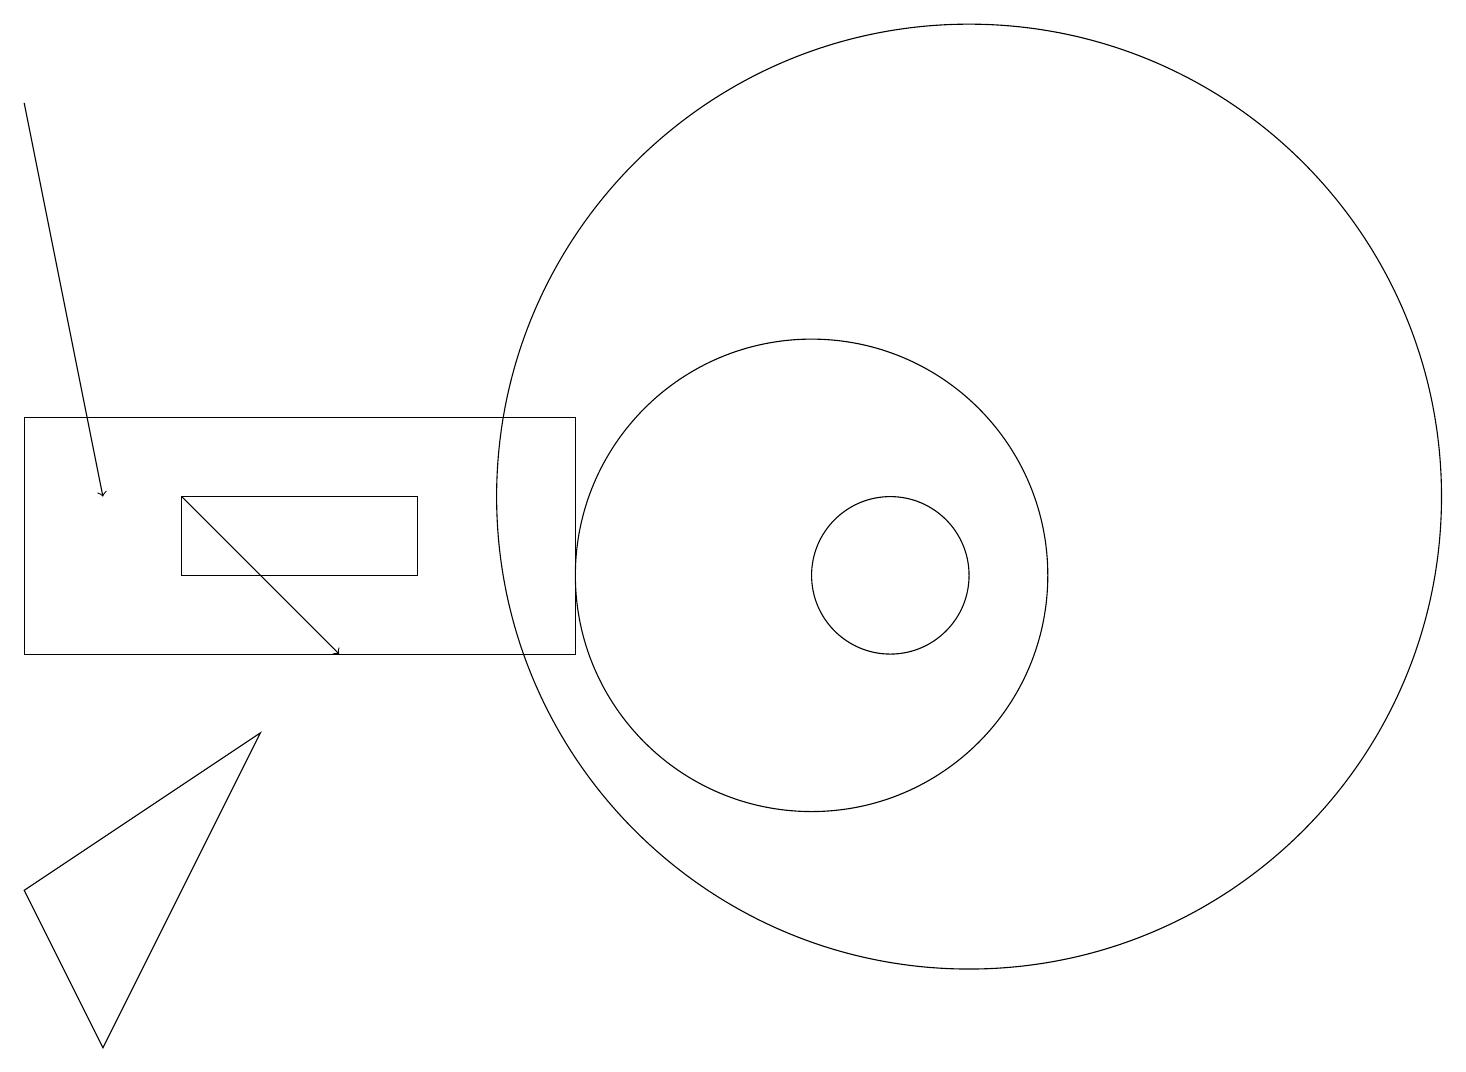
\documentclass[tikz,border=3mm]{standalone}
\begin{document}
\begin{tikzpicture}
\draw[->] (0,17) -- (1,12);
\draw (7,13) rectangle (0,10);
\draw (1,5) -- (0,7) -- (3,9) -- cycle;
\draw (5,11) rectangle (2,12);
\draw (11,11) circle (1);
\draw (12,12) circle (6);
\draw (10,11) circle (3);
\draw[->] (2,12) -- (4,10);
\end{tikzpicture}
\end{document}